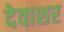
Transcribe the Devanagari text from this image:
देवाशर